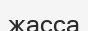
жасса